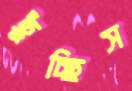
ছুঁচ্ছিস